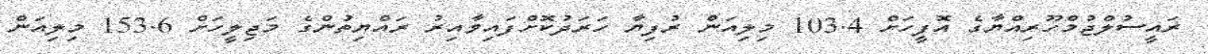
ރައީސުލްޖުމްހޫރިއްޔާގެ އޮފީހަށް 103.4 މިލިއަން ރުފިޔާ ހަރަދުކޮށްފައިވާއިރު ރައްޔިތުންގެ މަޖިލީހަށް 153.6 މިލިއަން